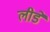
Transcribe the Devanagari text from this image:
लीडें